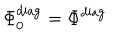
LaTeX: \Phi _ { 0 } ^ { \mathrm { d i a g } } = \Phi ^ { \mathrm { d i a g } } \;